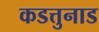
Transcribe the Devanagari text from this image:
कडत्तुनाड